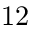
1 2